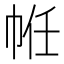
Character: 𢂧